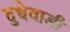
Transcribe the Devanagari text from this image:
दुधेवाडी